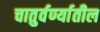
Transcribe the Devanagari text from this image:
चातुर्वर्ण्यातील